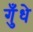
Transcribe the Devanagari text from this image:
गुँधे